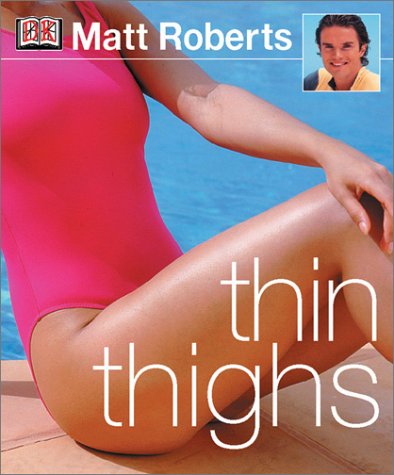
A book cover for Thin Thighs; DK Publishing; Health, Fitness & Dieting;